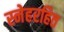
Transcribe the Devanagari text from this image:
स्नेहरहित